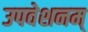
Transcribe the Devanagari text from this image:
उपवेशनम्